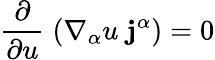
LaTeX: \frac{\partial}{\partial u}\; (\nabla_{\alpha}u\; {\mathbf j^{\alpha}})=0